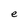
Character: e